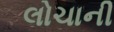
લોચાની